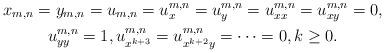
LaTeX: \begin{gather*}x_{m,n}=y_{m,n}=u_{m,n}=u_{x}^{m,n}=u_{y}^{m,n}=u_{xx}^{m,n}=u_{xy}^{m,n}=0,\\ u_{yy}^{m,n}=1,u_{x^{k+3}}^{m,n}=u_{x^{k+2}y}^{m,n}=\cdots=0,k\geq 0.\end{gather*}